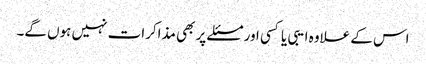
اس کے علاوہ ایبی یا کسی اور مسئلے پر بھی مذاکرات نہیں ہوں گے۔